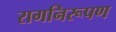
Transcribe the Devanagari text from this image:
रागनिरूपण